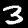
Label: 3